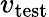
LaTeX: v_{\mathrm{{test}}}